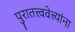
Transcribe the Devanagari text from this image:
पुरातत्त्ववेत्त्यांना